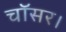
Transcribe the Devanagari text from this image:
चॉसर।